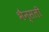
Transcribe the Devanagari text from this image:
भैन्सली